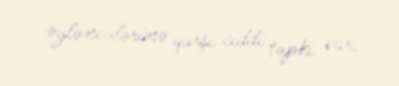
əyləncələrinə qarşı ciddi təpki var.